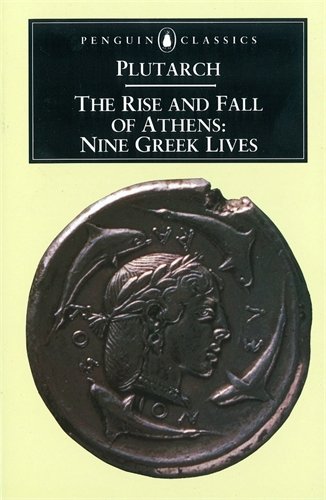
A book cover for The Rise and Fall of Athens: Nine Greek Lives; Plutarch; History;